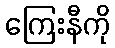
ကြေးနီကို